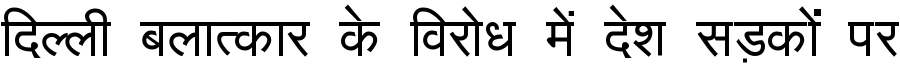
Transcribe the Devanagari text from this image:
दिल्ली बलात्कार के विरोध में देश सड़कों पर